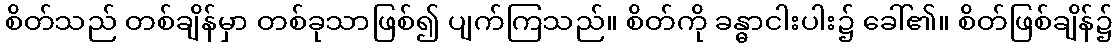
စိတ်သည် တစ်ချိန်မှာ တစ်ခုသာဖြစ်၍ ပျက်ကြသည်။ စိတ်ကို ခန္ဓာငါးပါး၌ ခေါ်၏။ စိတ်ဖြစ်ချိန်၌